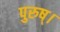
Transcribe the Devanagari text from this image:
पुरुष्।